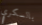
بالسكري